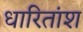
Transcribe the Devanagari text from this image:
धारितांश